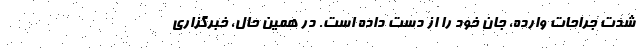
شدت جراحات وارده، جان خود را از دست داده است. در همین حال، خبرگزاری